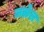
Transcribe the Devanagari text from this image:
जळेल